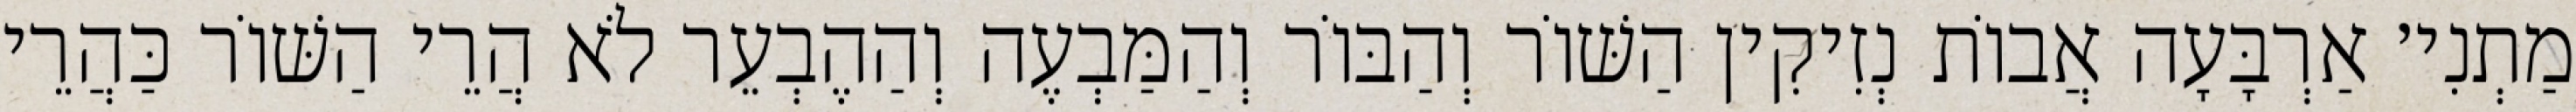
מַתְנִי׳ אַרְבָּעָה אֲבוֹת נְזִיקִין הַשּׁוֹר וְהַבּוֹר וְהַמַּבְעֶה וְהַהֶבְעֵר לֹא הֲרֵי הַשּׁוֹר כַּהֲרֵי